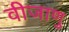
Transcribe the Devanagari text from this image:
वीजाणु